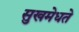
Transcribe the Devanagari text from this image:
सुखमेधते